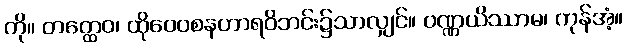
ကို။ တတ္ထေဝ၊ ထိုဝေဝစနဟာရဝိဘင်း၌သာလျှင်။ ဝဏ္ဏယိဿာမ၊ ကုန်အံ့။